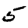
Digit: 5